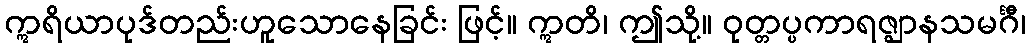
ဣရိယာပုဒ်တည်းဟူသောနေခြင်း ဖြင့်။ ဣတိ၊ ဤသို့။ ဝုတ္တပ္ပကာရဇ္ဈာနသမင်္ဂီ၊